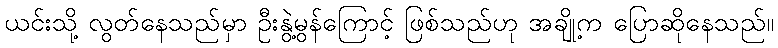
ယင်းသို့ လွတ်နေသည်မှာ ဦးနွဲ့မွန်ကြောင့် ဖြစ်သည်ဟု အချို့က ပြောဆိုနေသည်။